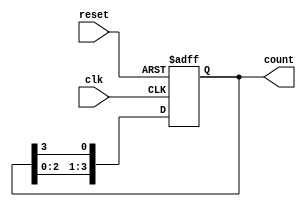
module async_ring_counter (
    input wire clk,          // Clock input
    input wire reset,        // Asynchronous reset input
    output reg [3:0] count   // 4-bit output for the ring counter
);

    // Initial state for the ring counter
    initial begin
        count = 4'b0001;     // Start with the first flip-flop set
    end

    always @(posedge clk or posedge reset) begin
        if (reset) begin
            count <= 4'b0001; // Reset to initial state
        end else begin
            // Shift the bits to the right and wrap around
            count <= {count[2:0], count[3]}; // Shift left and wrap the last bit
        end
    end

endmodule